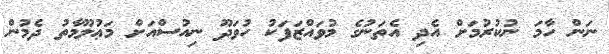
ނަން ހާމަ ނުކުރުމަށް އެދި އެތަނުގެ މުވައްޒަފަކު ހުވަދޫ ނިއުސްއަށް މަޢުލޫމާތު ދެމުން